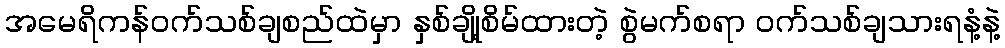
အမေရိကန်ဝက်သစ်ချစည်ထဲမှာ နှစ်ချို့စိမ်ထားတဲ့ စွဲမက်စရာ ဝက်သစ်ချသားရနံ့နဲ့